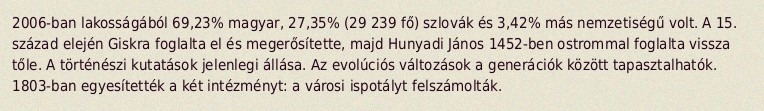
2006-ban lakosságából 69,23% magyar, 27,35% (29 239 fő) szlovák és 3,42% más nemzetiségű volt. A 15. század elején Giskra foglalta el és megerősítette, majd Hunyadi János 1452-ben ostrommal foglalta vissza tőle. A történészi kutatások jelenlegi állása. Az evolúciós változások a generációk között tapasztalhatók. 1803-ban egyesítették a két intézményt: a városi ispotályt felszámolták.